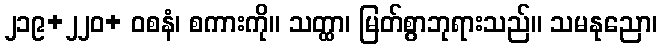
၂၁၉+၂၂၀+ ဝစနံ၊ စကားကို။ သတ္ထာ၊ မြတ်စွာဘုရားသည်။ သမနုညော၊